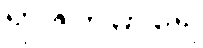
ရာဇကုမာရေ